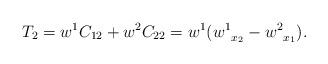
LaTeX: \begin{align*}T_2 = w^1C_{12} + w^2C_{22} = w^1({w^1}_{\substack{\\x_2}} - {w^2}_{\substack{\\x_1}} ).\end{align*}